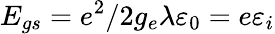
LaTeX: E_{gs}=e^{2}/2g_{e}\lambda\varepsilon_{0}=e\varepsilon_{i}